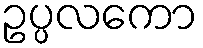
ဥပ္ပလကော